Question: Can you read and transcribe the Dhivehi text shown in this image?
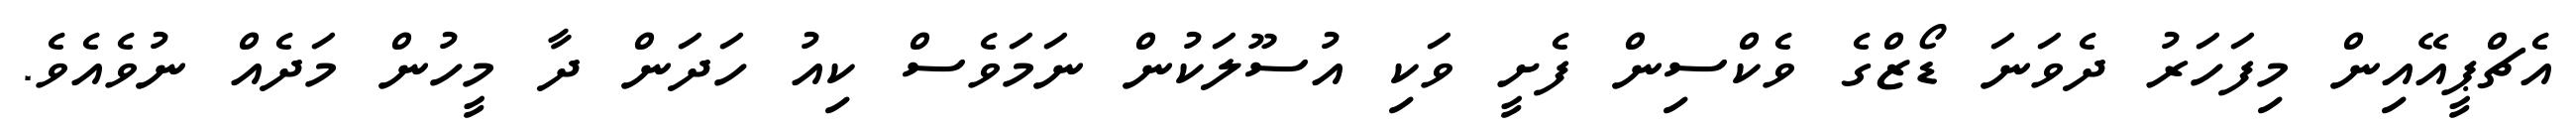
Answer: އެޗްޕީއޭއިން މިފަހަރު ދެވަނަ ޑޯޒްގެ ވެކްސިން ފެށީ ވަކި އުސޫލަކުން ނަމަވެސް ކިއު ހަދަން ދާ މީހުން މަދެއް ނުވެއެވެ.